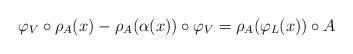
LaTeX: \begin{align*} \varphi_V \circ \rho_A(x) - \rho_A(\alpha(x)) \circ \varphi_V=\rho_A(\varphi_L(x)) \circ A\end{align*}